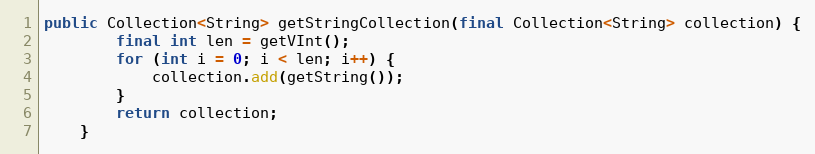
Language: Java
public Collection<String> getStringCollection(final Collection<String> collection) {
		final int len = getVInt();
		for (int i = 0; i < len; i++) {
			collection.add(getString());
		}
		return collection;
	}